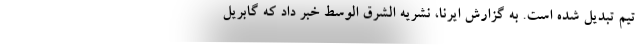
تیم تبدیل شده است. به گزارش ایرنا، نشریه الشرق الوسط خبر داد که گابریل